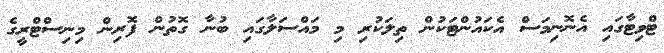
ޓްވިޓާގައި އެނޮނިމަސް އެކައުންޓަކުން ތިލަކުރި މި މައްސަލާގައި ބުނާ ގޮތުން ފޮރިން މިނިސްޓްރީގެ